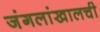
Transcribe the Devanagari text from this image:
जंगलांखालची